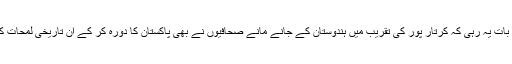
تاہم اس حوالے سے دلچسپ بات یہ رہی کہ کرتار پور کی تقریب میں ہندوستان کے جانے مانے صحافیوں نے بھی پاکستان کا دورہ کر کے ان تاریخی لمحات کی عمدگی سے کوریج کی ۔